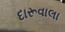
દારૂવાલા